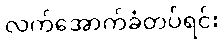
လက်အောက်ခံတပ်ရင်း